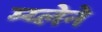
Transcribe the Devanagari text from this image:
म्य्लेने